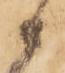
ニ